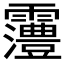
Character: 𱁩